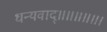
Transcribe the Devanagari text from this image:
धन्यवाद्॥॥॥॥॥।